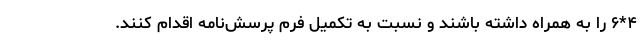
۴*۶ را به همراه داشته باشند و نسبت به تکمیل فرم پرسش‌نامه اقدام کنند.